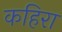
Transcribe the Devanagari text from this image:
कहिरा